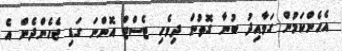
އެހެންކަމުން ގަވާއިދު ބުނާ ގޮތުން ދިވެހި ޓެސްޓް އޮންނަ ގަޑި ޖެހެންދެން އެ